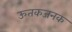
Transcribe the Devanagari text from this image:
ऊतकजनक